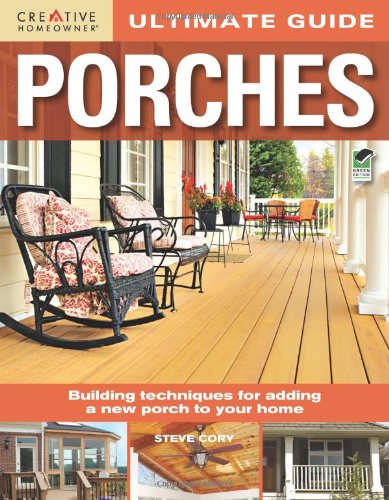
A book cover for Ultimate Guide: Porches (Home Improvement); Steve Cory; Crafts, Hobbies & Home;